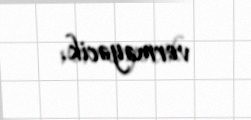
verməyəcik.